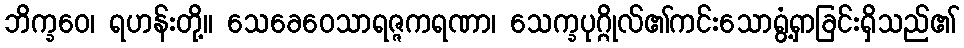
ဘိက္ခဝေ၊ ရဟန်းတို့။ သေခေဝေသာရဇ္ဇကရဏာ၊ သေက္ခပုဂ္ဂိုလ်၏ကင်းသောရွံ့ရှာခြင်းရှိသည်၏